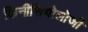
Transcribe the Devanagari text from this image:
किनीसियोलोजी